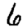
Digit: 6